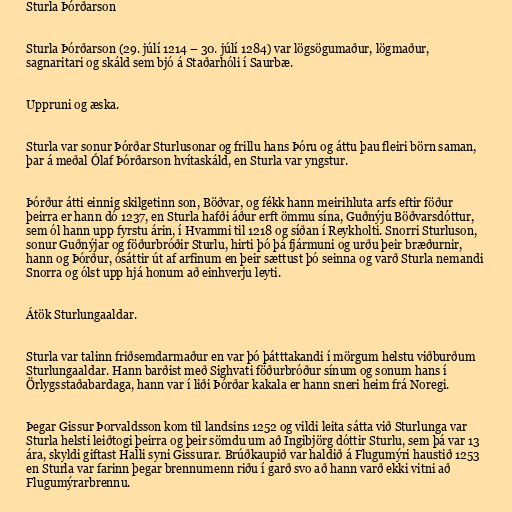
Sturla Þórðarson

Sturla Þórðarson (29. júlí 1214 – 30. júlí 1284) var lögsögumaður, lögmaður,
sagnaritari og skáld sem bjó á Staðarhóli í Saurbæ.

Uppruni og æska.

Sturla var sonur Þórðar Sturlusonar og frillu hans Þóru og áttu þau fleiri börn saman,
þar á meðal Ólaf Þórðarson hvítaskáld, en Sturla var yngstur.

Þórður átti einnig skilgetinn son, Böðvar, og fékk hann meirihluta arfs eftir föður
þeirra er hann dó 1237, en Sturla hafði áður erft ömmu sína, Guðnýju Böðvarsdóttur,
sem ól hann upp fyrstu árin, í Hvammi til 1218 og síðan í Reykholti. Snorri Sturluson,
sonur Guðnýjar og föðurbróðir Sturlu, hirti þó þá fjármuni og urðu þeir bræðurnir,
hann og Þórður, ósáttir út af arfinum en þeir sættust þó seinna og varð Sturla nemandi
Snorra og ólst upp hjá honum að einhverju leyti.

Átök Sturlungaaldar.

Sturla var talinn friðsemdarmaður en var þó þátttakandi í mörgum helstu viðburðum
Sturlungaaldar. Hann barðist með Sighvati föðurbróður sínum og sonum hans í
Örlygsstaðabardaga, hann var í liði Þórðar kakala er hann sneri heim frá Noregi.

Þegar Gissur Þorvaldsson kom til landsins 1252 og vildi leita sátta við Sturlunga var
Sturla helsti leiðtogi þeirra og þeir sömdu um að Ingibjörg dóttir Sturlu, sem þá var 13
ára, skyldi giftast Halli syni Gissurar. Brúðkaupið var haldið á Flugumýri haustið 1253
en Sturla var farinn þegar brennumenn riðu í garð svo að hann varð ekki vitni að
Flugumýrarbrennu.